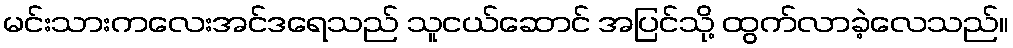
မင်းသားကလေးအင်ဒရေသည် သူငယ်ဆောင် အပြင်သို့ ထွက်လာခဲ့လေသည်။